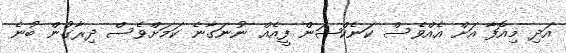
އަދި މިއޮފާ އަށް އެއްވެސް ކަނެކްޝަން ފީއެއް ނުނަގާނެ ކަމަށްވެސް ދިރާގުން ބުނެ